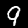
Label: 9